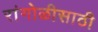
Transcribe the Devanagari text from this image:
रांगोळीसाठी